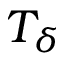
T _ { \delta }